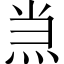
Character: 𱫂